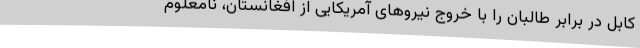
کابل در برابر طالبان را با خروج نیروهای آمریکایی از افغانستان، نامعلوم